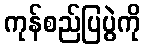
ကုန်စည်ပြပွဲကို